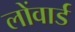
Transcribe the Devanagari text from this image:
लोंवार्ड